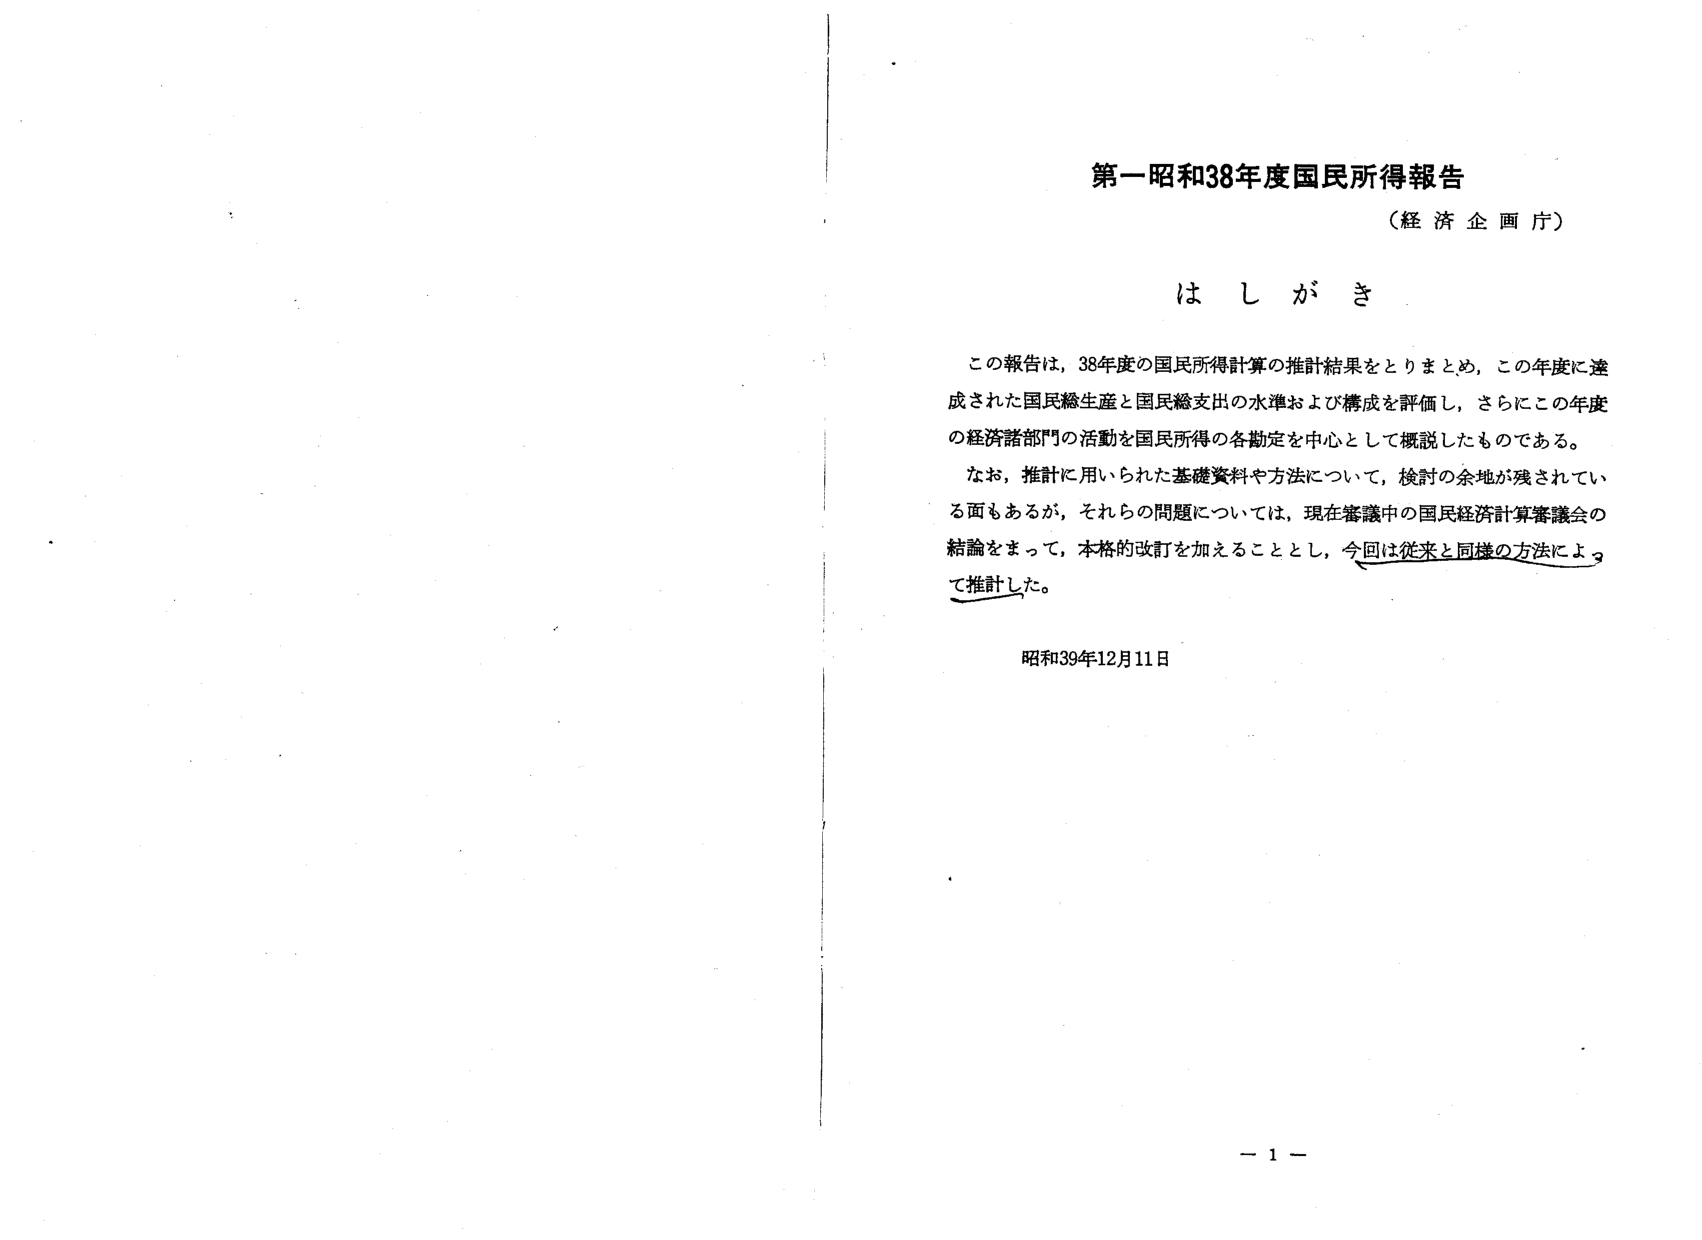
第一昭和38年度国民所得報告
（経済企画庁）

はしがき

この報告は、38年度の国民所得計算の推計結果をとりまとめ、この年度に達成された国民総生産と国民総支出の水準および構成を評価し、さらにこの年度の経済諸部門の活動を国民所得の各勘定を中心として概説したものである。

なお、推計に用いられた基礎資料や方法について、検討の余地が残されている面もあるが、それらの問題については、現在審議中の国民経済計算審議会の結論をまって、本格的改訂を加えることとし、今回は従来と同様の方法によって推計した。

昭和39年12月11日

－ 1 －